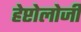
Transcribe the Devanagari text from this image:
हेप्टोलोजी